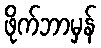
ဖိုက်ဘာမှန်